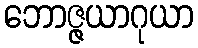
ဘောဇ္ဇယာဂုယာ